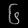
Digit: ၆